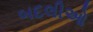
બદલીઓ